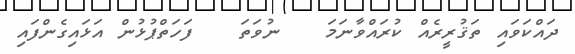
ދައްކަވައި ތަޤުރީރެއް ކުރައްވާނަމަ   ނުވަތަ   ފަހަތްޕުޅުން އަޅައިގެންފައި